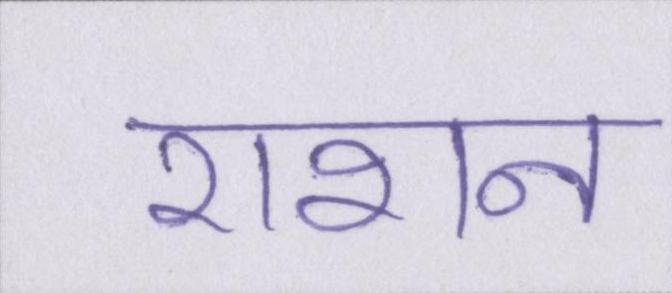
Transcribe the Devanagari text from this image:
राशन